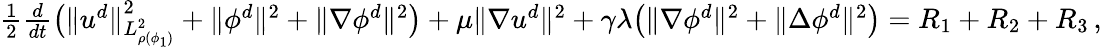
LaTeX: \begin{array}{r}{\frac{1}{2}\frac{d}{dt}\big(\| u^{d}\| _{L_{\rho(\phi_{1})}^{2}}^{2}+\| \phi^{d}\| ^{2}+\| \nabla\phi^{d}\| ^{2}\big)+\mu\| \nabla u^{d}\| ^{2}+\gamma\lambda\big(\| \nabla\phi^{d}\| ^{2}+\| \Delta\phi^{d}\| ^{2}\big)=R_{1}+R_{2}+R_{3}\, ,}\end{array}